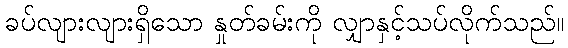
ခပ်လျားလျားရှိသော နှုတ်ခမ်းကို လျှာနှင့်သပ်လိုက်သည်။